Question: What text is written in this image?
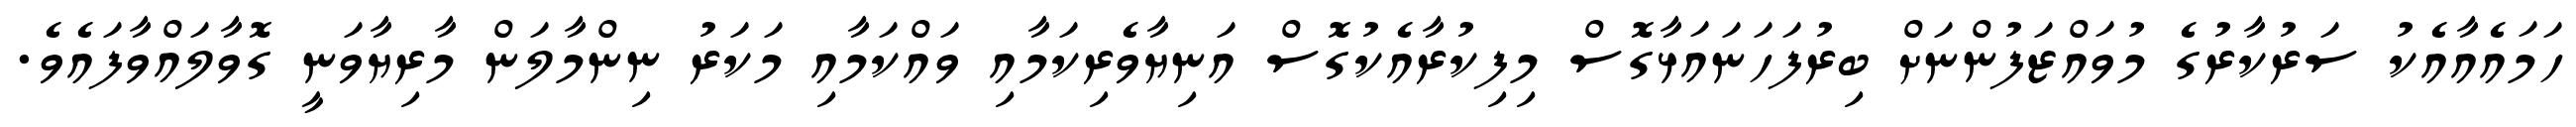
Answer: ހަމައެއާއެކު ސަރުކާރުގެ މުވައްޒަފުންނަށް ބިރުފަހަނައަޅާގޮސް މިފިކުރާއެކުގޮސް އަނިޔާވެރިކަމާއި ވައްކަމާއި މަކަރު ނިންމާލަން މާރިޔާވަނީ ގޮވާލައްވާފައެވެ.